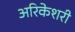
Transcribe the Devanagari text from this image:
अरिकेशरी